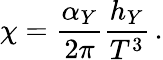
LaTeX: \chi=\frac{\alpha_{Y}}{2\pi}\frac{h_{Y}}{T^{3}}\, .